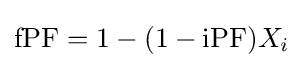
\mathrm {fPF} =1-(1-\mathrm {iPF} )X_{i}